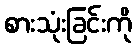
စားသုံးခြင်းကို